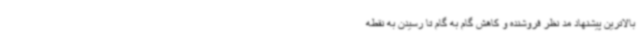
بالاترین پیشنهاد مد نظر فروشنده و کاهش گام به گام تا رسیدن به نقطه